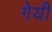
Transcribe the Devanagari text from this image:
गेयी